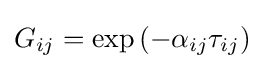
G_{ij}=\exp \left({-\alpha _{ij}\tau _{ij}}\right)